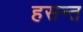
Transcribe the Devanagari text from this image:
हसन्त